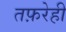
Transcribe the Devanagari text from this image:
तफ़रेही